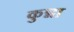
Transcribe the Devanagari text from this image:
कुन्ना